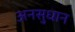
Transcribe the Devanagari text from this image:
अनसुधान